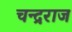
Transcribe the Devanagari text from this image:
चन्द्रराज